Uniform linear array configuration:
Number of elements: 4
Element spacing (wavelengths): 1
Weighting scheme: exponential
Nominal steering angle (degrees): -45
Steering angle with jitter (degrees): -46.789
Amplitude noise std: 0.05
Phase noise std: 0.05

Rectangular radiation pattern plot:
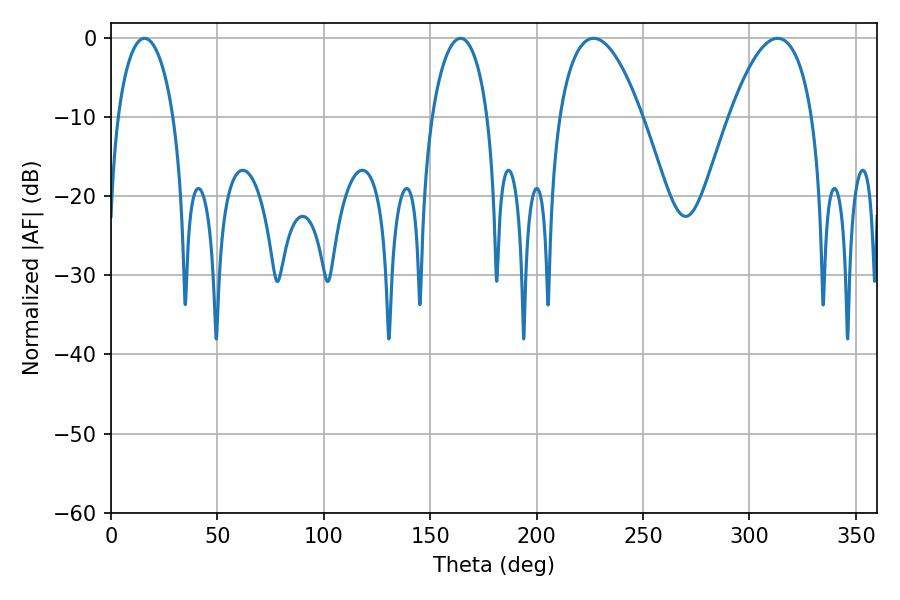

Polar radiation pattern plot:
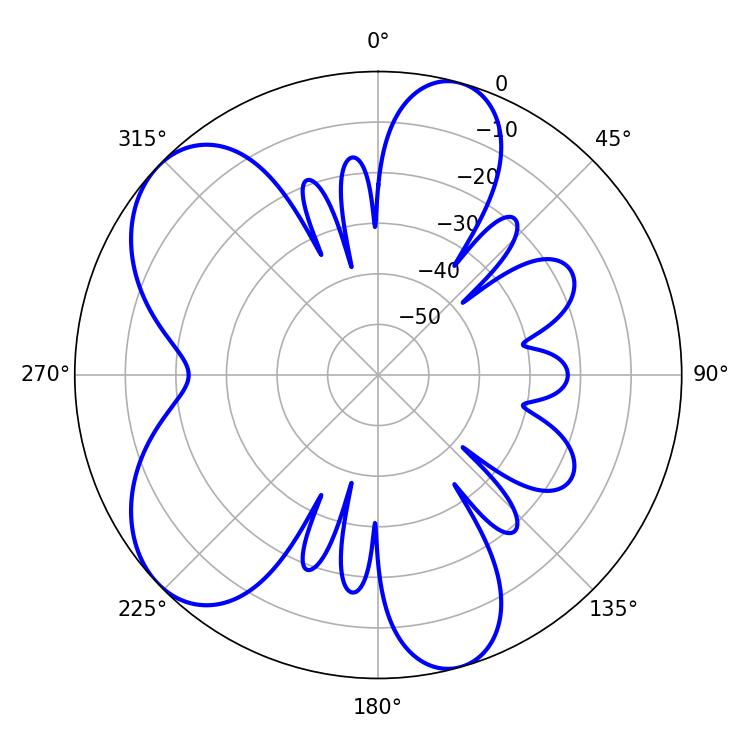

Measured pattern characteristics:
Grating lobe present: TRUE
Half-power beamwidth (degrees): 21.6
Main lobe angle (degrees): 226.8